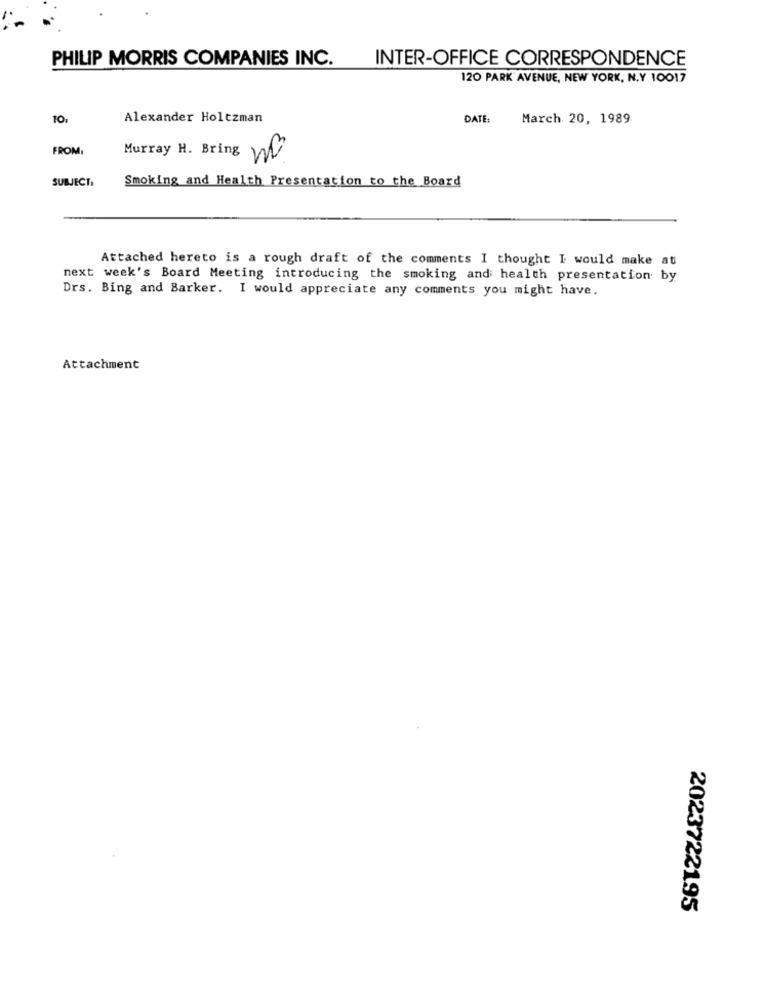
PHILIP MORRIS COMPANIES INC.
INTER-OFFICE CORRESPONDENCE
120 PARK AVENUE, NEW YORK, N.Y 10017
10,
Alexander Holtzman
DATE:
March 20, 1989
FROM
Murray H. Bring Wo
SUBJECT:
Smoking and Health Presentation to the Board
Attached hereto is a rough draft of the comments I thought I would make at
next week's Board Meeting introducing the smoking and health presentation by
Drs. Bing and Barker. I would appreciate any comments you might have.
Attachment
2023722195